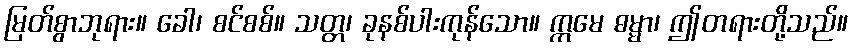
မြတ်စွာဘုရား။ ခေါ၊ စင်စစ်။ သတ္တ၊ ခုနစ်ပါးကုန်သော။ ဣမေ ဓမ္မာ၊ ဤတရားတို့သည်။